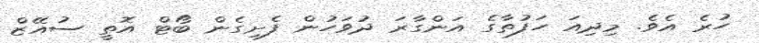
ހުރެ އެވެ. މިދިއަ ހަފުތާގެ އަންގާރަ ދުވަހުން ފެށިގެން ބޯޓް އޮތީ ސުއޭޒް